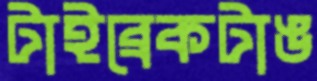
টাইব্রেকটাঙ